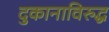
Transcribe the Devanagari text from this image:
दुकानाविरुद्ध